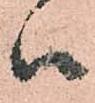
ハ